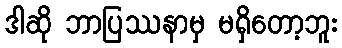
ဒါဆို ဘာပြဿနာမှ မရှိတော့ဘူး